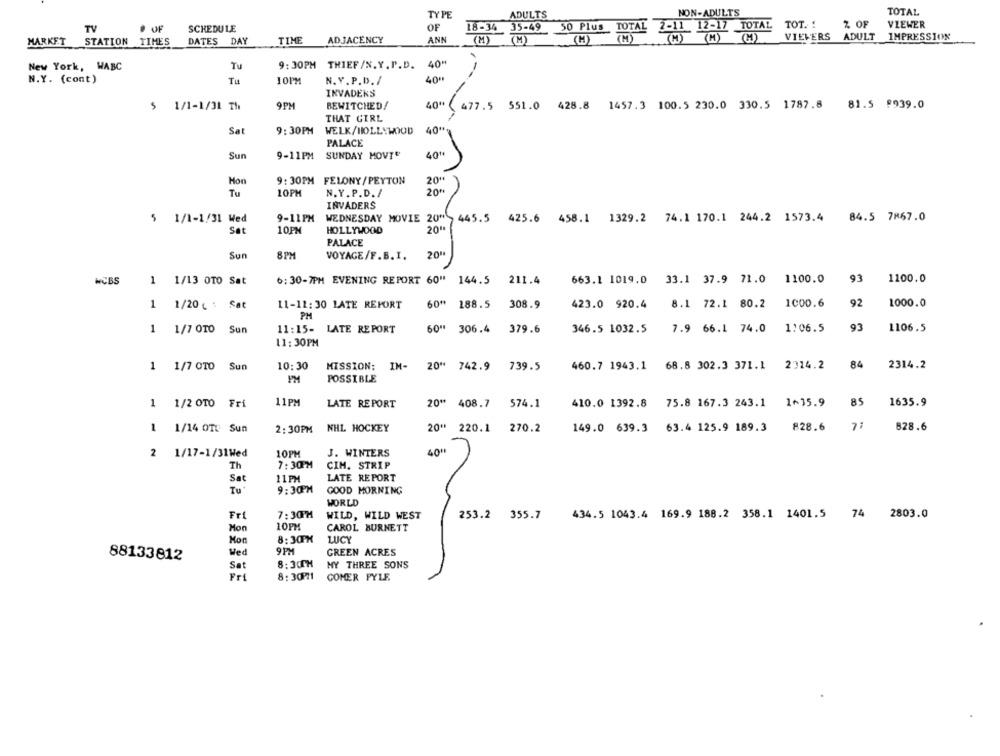
TYPE
ADULTS
NON-ADULTS
TOTAL
% OF
TV
SCHEDULE
OF
18-34
35-49
50 Plus TOTAL 2-11 12-17 TOTAL TOT. !
VIEWER
ANN
(41) (M) (H) VIEWERS ADULT
IMPRESSION
MARKET
STATION TIMES
DATES DAY
TIME
ADJACENCY
(M)
(M)
(M)
(M)
New York, WABC
Tu
9:30PM THIEF /N.Y. P.D.
40"
N.Y. (cont )
10PM
N. Y. P.D./
40"
INVADERS
9PM
BEWITCHED!
40" ( 477.5 551.0 428.8 1457.3 100.5 230.0 330.5 1787.8 81.5 #939.0
5 1/1-1/31 Th
THAT GIRL
. 1457.3 4
40"
Sat
9:30PM
WELK/HOLLYWOOD
PALACE
Sun
9-11PM
SUNDAY MOVI"
40"
Hon
9: 30PM FELONY/PEYTON
20"
20%
Tu
10PM
N.Y.P.D./
INVADERS
$ 1/1-1/31 Wed
9-11PM
WEDNESDAY MOVIE 20"> 445.5 425.6 458.1 1329.2 74.1 170.1 244.2 1573.4 84.5 7867.0
Sat
10PM
HOLLYWOOD
2011
PALACE
Sun
8PM
VOYAGE/F.B. I.
20"
1
663.1 1019.0 33.1 37.9 71.0 1100.0
93
1100.0
MCB5
1/13 OTO Sat
6:30-7PM EVENING REPORT 60" 144.5 211.4
92
1000.0
1
1/20 ( : Sat
11-11:30 LATE REFORT
60" 188.5 308.9
423.0 920.4 8.1 72.1 80.2 1000.6
PH
1
1/7 0TO Sun
11:15- LATE REPORT
60" 306.4 379.6
346.5 1032.5
7.9 66.1 74.0
1:06.5
93
1106.5
11:30PM
84
1 1/7 0TO Sun
10:30
MISSION: IM- 20" 742.9 739.5
460.7 1943.1 68.8 302.3 371.1 2314.2
2314.2
POSSIBLE
11PM
1 1/2 0TO Fri
LATE REPORT
20" 408.7
574.1
410.0 1392.8 75.8 167.3 243.1 1~35.9
85
1635.9
1 1/14 OTC Sun
2: 30PM NHL HOCKEY
20" 220.1
270.2
149.0 639.3 63.4 125.9 189.3
828.6
828.6
2
1/17-1/31Wed
10PM
J. WINTERS
40"
Th
7:30PM
CIM. STRIP
LATE REPORT
Sat
11 PM
Tu*
9:30PM
GOOD MORNING
WORLD
Fri
7:30PM
WILD, WILD WEST
253.2 355.7
434.5 1043.4 169.9 188.2 358.1 1401.5 74 2803.0
Mon
10PM
CAROL BURNETT
Mon
8:30PM
LUCY
Wed
9 PM
GREEN ACRES
88133812
Sat
8:30TH
MY THREE SONS
Fri
8:3071
COMER PYLE